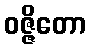
ဝဇ္ဇိတော